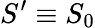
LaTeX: S^{\prime}\equiv S_{0}